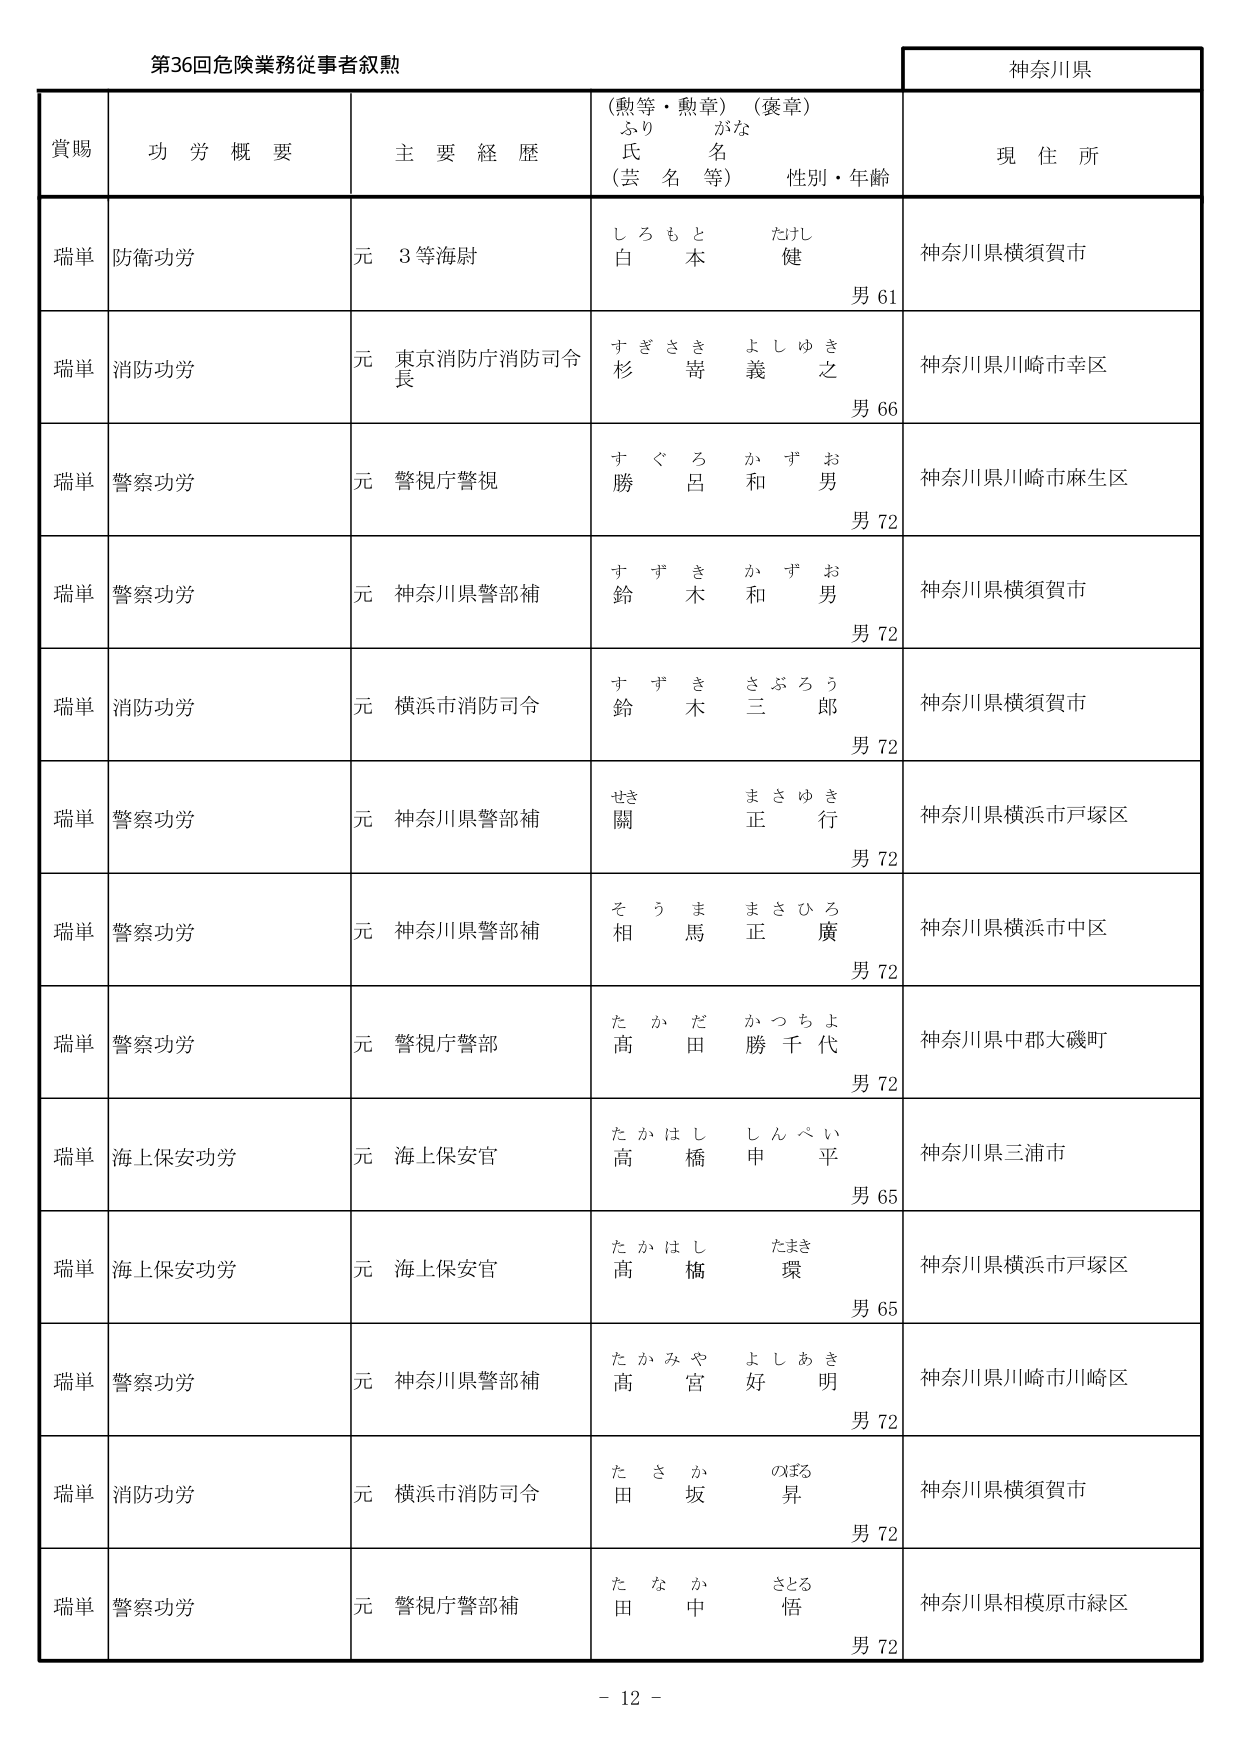
第36回危険業務従事者叙勲

神奈川県

賞賜　　功労概要　　主要経歴　　（勲等・勲章）（褒章）　　現住所
　　　　　　　　　　　　ふりがな
　　　　　　　　　　　　氏名
　　　　　　　　　　　　（芸名等）　　性別・年齢

瑞単　防衛功労　　元　3等海尉　　しろもと　たけし　　神奈川県横須賀市
　　　　　　　　　　　　　　　　　　白　本　　健　　男61

瑞単　消防功労　　元　東京消防庁消防司令長　　すぎさき　よしゆき　　神奈川県川崎市幸区
　　　　　　　　　　　　　　　　　　　　　　　　杉　寄　　義　之　　男66

瑞単　警察功労　　元　警視庁警視　　すぐろ　かずお　　神奈川県川崎市麻生区
　　　　　　　　　　　　　　　　　　　勝　呂　　和　男　　男72

瑞単　警察功労　　元　神奈川県警部補　　すずき　かずお　　神奈川県横須賀市
　　　　　　　　　　　　　　　　　　　　鈴　木　　和　男　　男72

瑞単　消防功労　　元　横浜市消防司令　　すずき　さぶろう　　神奈川県横須賀市
　　　　　　　　　　　　　　　　　　　　鈴　木　　三　郎　　男72

瑞単　警察功労　　元　神奈川県警部補　　せき　まさゆき　　神奈川県横浜市戸塚区
　　　　　　　　　　　　　　　　　　　　關　　正　行　　男72

瑞単　警察功労　　元　神奈川県警部補　　そうま　まさひろ　　神奈川県横浜市中区
　　　　　　　　　　　　　　　　　　　　相　馬　　正　廣　　男72

瑞単　警察功労　　元　警視庁警部　　たかだ　かつちよ　　神奈川県中郡大磯町
　　　　　　　　　　　　　　　　　　髙　田　　勝　千　代　　男72

瑞単　海上保安功労　　元　海上保安官　　たかはし　しんぺい　　神奈川県三浦市
　　　　　　　　　　　　　　　　　　　　高　橋　　申　平　　男65

瑞単　海上保安功労　　元　海上保安官　　たかはし　たまき　　神奈川県横浜市戸塚区
　　　　　　　　　　　　　　　　　　　　高　橋　　環　　男65

瑞単　警察功労　　元　神奈川県警部補　　たかみや　よしあき　　神奈川県川崎市川崎区
　　　　　　　　　　　　　　　　　　　　高　宮　　好　明　　男72

瑞単　消防功労　　元　横浜市消防司令　　たさか　のぼる　　神奈川県横須賀市
　　　　　　　　　　　　　　　　　　　　田　坂　　昇　　男72

瑞単　警察功労　　元　警視庁警部補　　たなか　さとる　　神奈川県相模原市緑区
　　　　　　　　　　　　　　　　　　　　田　中　　悟　　男72

－ 12 －